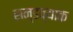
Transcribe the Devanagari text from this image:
सन्डव्याक